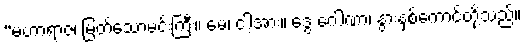
“မဟာရာဇ၊ မြတ်သောမင်းကြီး။ မေ၊ ငါ့အား။ ဒွေ ဂေါဏာ၊ နွားနှစ်ကောင်တို့သည်။